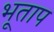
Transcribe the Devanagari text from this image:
भूताप